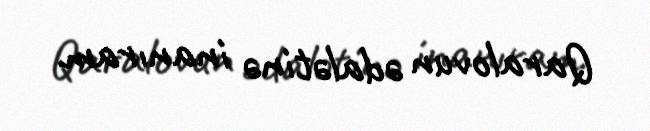
Qaralovun ədalətinə inanıram.